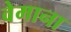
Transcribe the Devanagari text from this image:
वेमाना